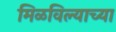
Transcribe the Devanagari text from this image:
मिळविल्याच्या